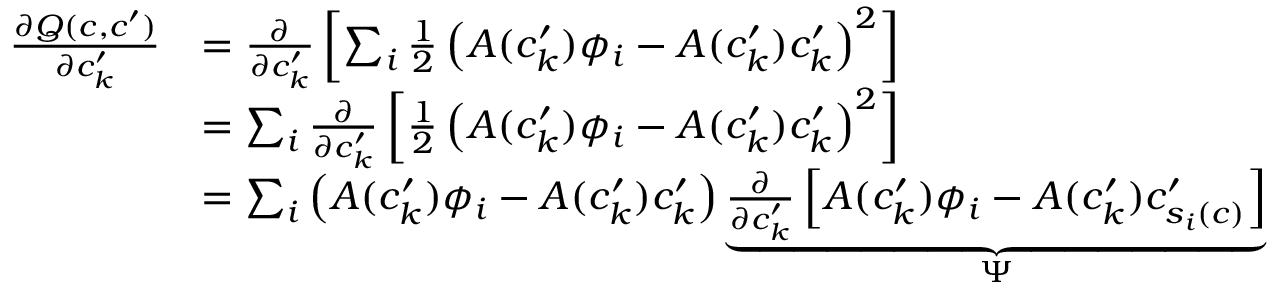
\begin{array} { r l } { \frac { \partial Q ( c , c ^ { \prime } ) } { \partial c _ { k } ^ { \prime } } } & { = \frac { \partial } { \partial c _ { k } ^ { \prime } } \left[ \sum _ { i } \frac { 1 } { 2 } \left( A ( c _ { k } ^ { \prime } ) \phi _ { i } - A ( c _ { k } ^ { \prime } ) c _ { k } ^ { \prime } \right) ^ { 2 } \right] } \\ & { = \sum _ { i } \frac { \partial } { \partial c _ { k } ^ { \prime } } \left[ \frac { 1 } { 2 } \left( A ( c _ { k } ^ { \prime } ) \phi _ { i } - A ( c _ { k } ^ { \prime } ) c _ { k } ^ { \prime } \right) ^ { 2 } \right] } \\ & { = \sum _ { i } \left( A ( c _ { k } ^ { \prime } ) \phi _ { i } - A ( c _ { k } ^ { \prime } ) c _ { k } ^ { \prime } \right) \underbrace { \frac { \partial } { \partial c _ { k } ^ { \prime } } \left[ A ( c _ { k } ^ { \prime } ) \phi _ { i } - A ( c _ { k } ^ { \prime } ) c _ { s _ { i } ( c ) } ^ { \prime } \right] } _ { \Psi } } \end{array}